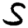
Digit: 5